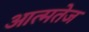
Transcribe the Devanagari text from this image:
आत्मतेज